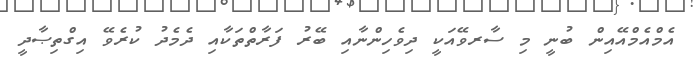
އެމްއެމްއޭއިން ބުނީ މި ސާރވޭއަކީ ދިވެހިންނާއި ބޭރު ފަރާތްތަކާއި ދެމެދު ކުރެވޭ އިގްތިޞާދީ